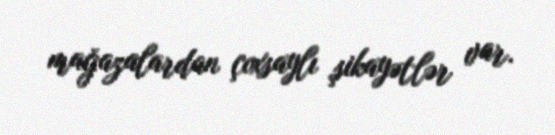
mağazalardan çoxsaylı şikayətlər var.